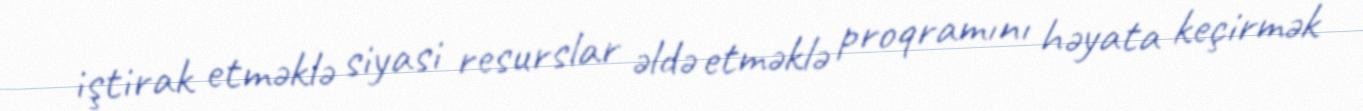
iştirak etməklə siyasi resurslar əldə etməklə proqramını həyata keçirmək